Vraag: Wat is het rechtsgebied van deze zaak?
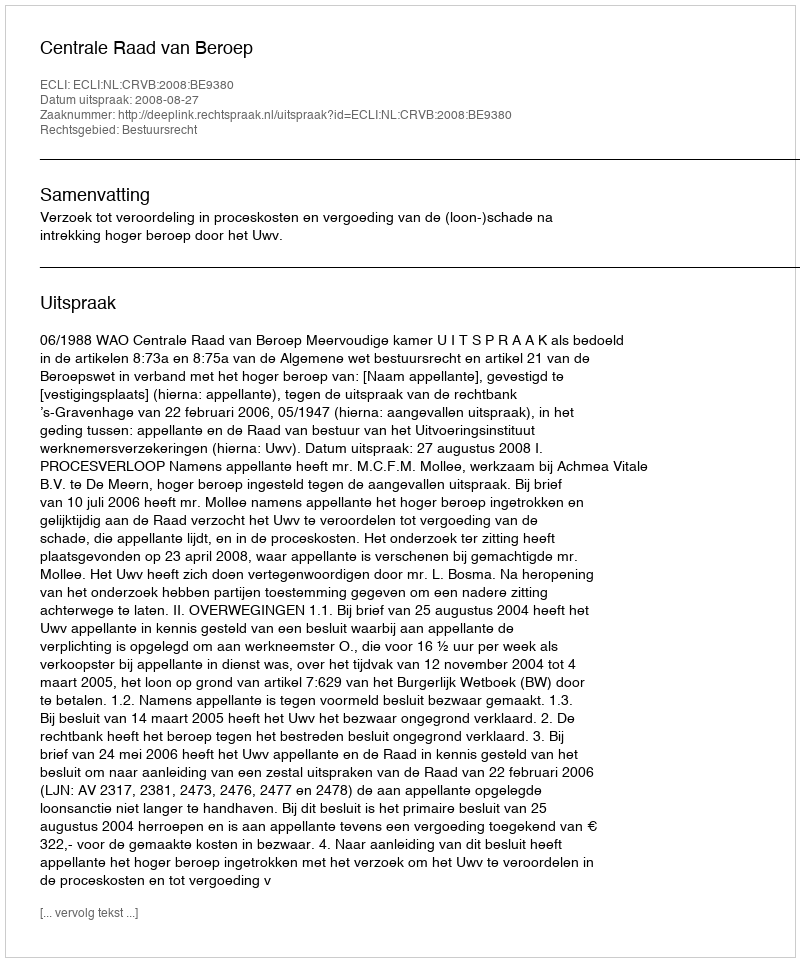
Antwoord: Bestuursrecht